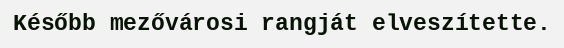
Később mezővárosi rangját elveszítette.